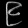
Digit: ၉